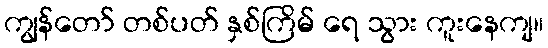
ကျွန်တော် တစ်ပတ် နှစ်ကြိမ် ရေ သွား ကူးနေကျ။